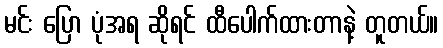
မင်း ပြော ပုံအရ ဆိုရင် ထီပေါက်ထားတာနဲ့ တူတယ်။